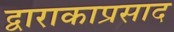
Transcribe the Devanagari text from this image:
द्वाराकाप्रसाद